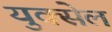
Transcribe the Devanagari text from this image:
युक्सेल